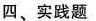
四、实践题